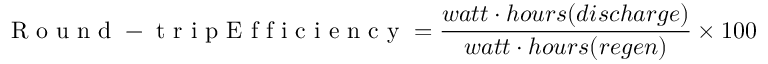
\mathrm { ~ R ~ o ~ u ~ n ~ d ~ - ~ t ~ r ~ i ~ p ~ E ~ f ~ f ~ i ~ c ~ i ~ e ~ n ~ c ~ y ~ } = \frac { w a t t \cdot h o u r s ( d i s c h a r g e ) } { w a t t \cdot h o u r s ( r e g e n ) } \times 1 0 0 \